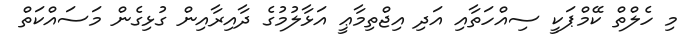
މި ހެލްތް ކޭމްޕަކީ ސިއްހަތާއި އަދި އިޖްތިމާޢީ އަޅާލުމުގެ ދާއިރާއިން ގުޅިގެން މަސައްކަތް